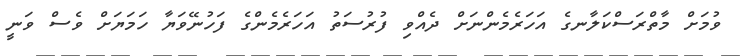
ވުމަށް މާތްރަސްކަލާނގެ އަހަރެމެންނަށް ދެއްވި ފުރުސަތު އަހަރެމެންގެ ފަހުނޭވަޔާ ހަމަޔަށް ވެސް ވަނީ